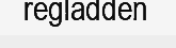
regladden